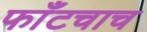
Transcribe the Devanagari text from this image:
फाँटचाच